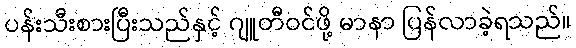
ပန်းသီးစားပြီးသည်နှင့် ဂျူတီဝင်ဖို့ မာနာ ပြန်လာခဲ့ရသည်။